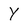
Character: Y